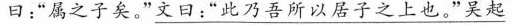
曰:“属之子矣。”文曰:“此乃吾所以居子之上也。”吴起